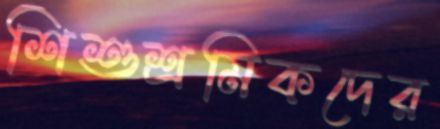
শিশুশ্রমিকদের